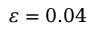
\varepsilon = 0 . 0 4